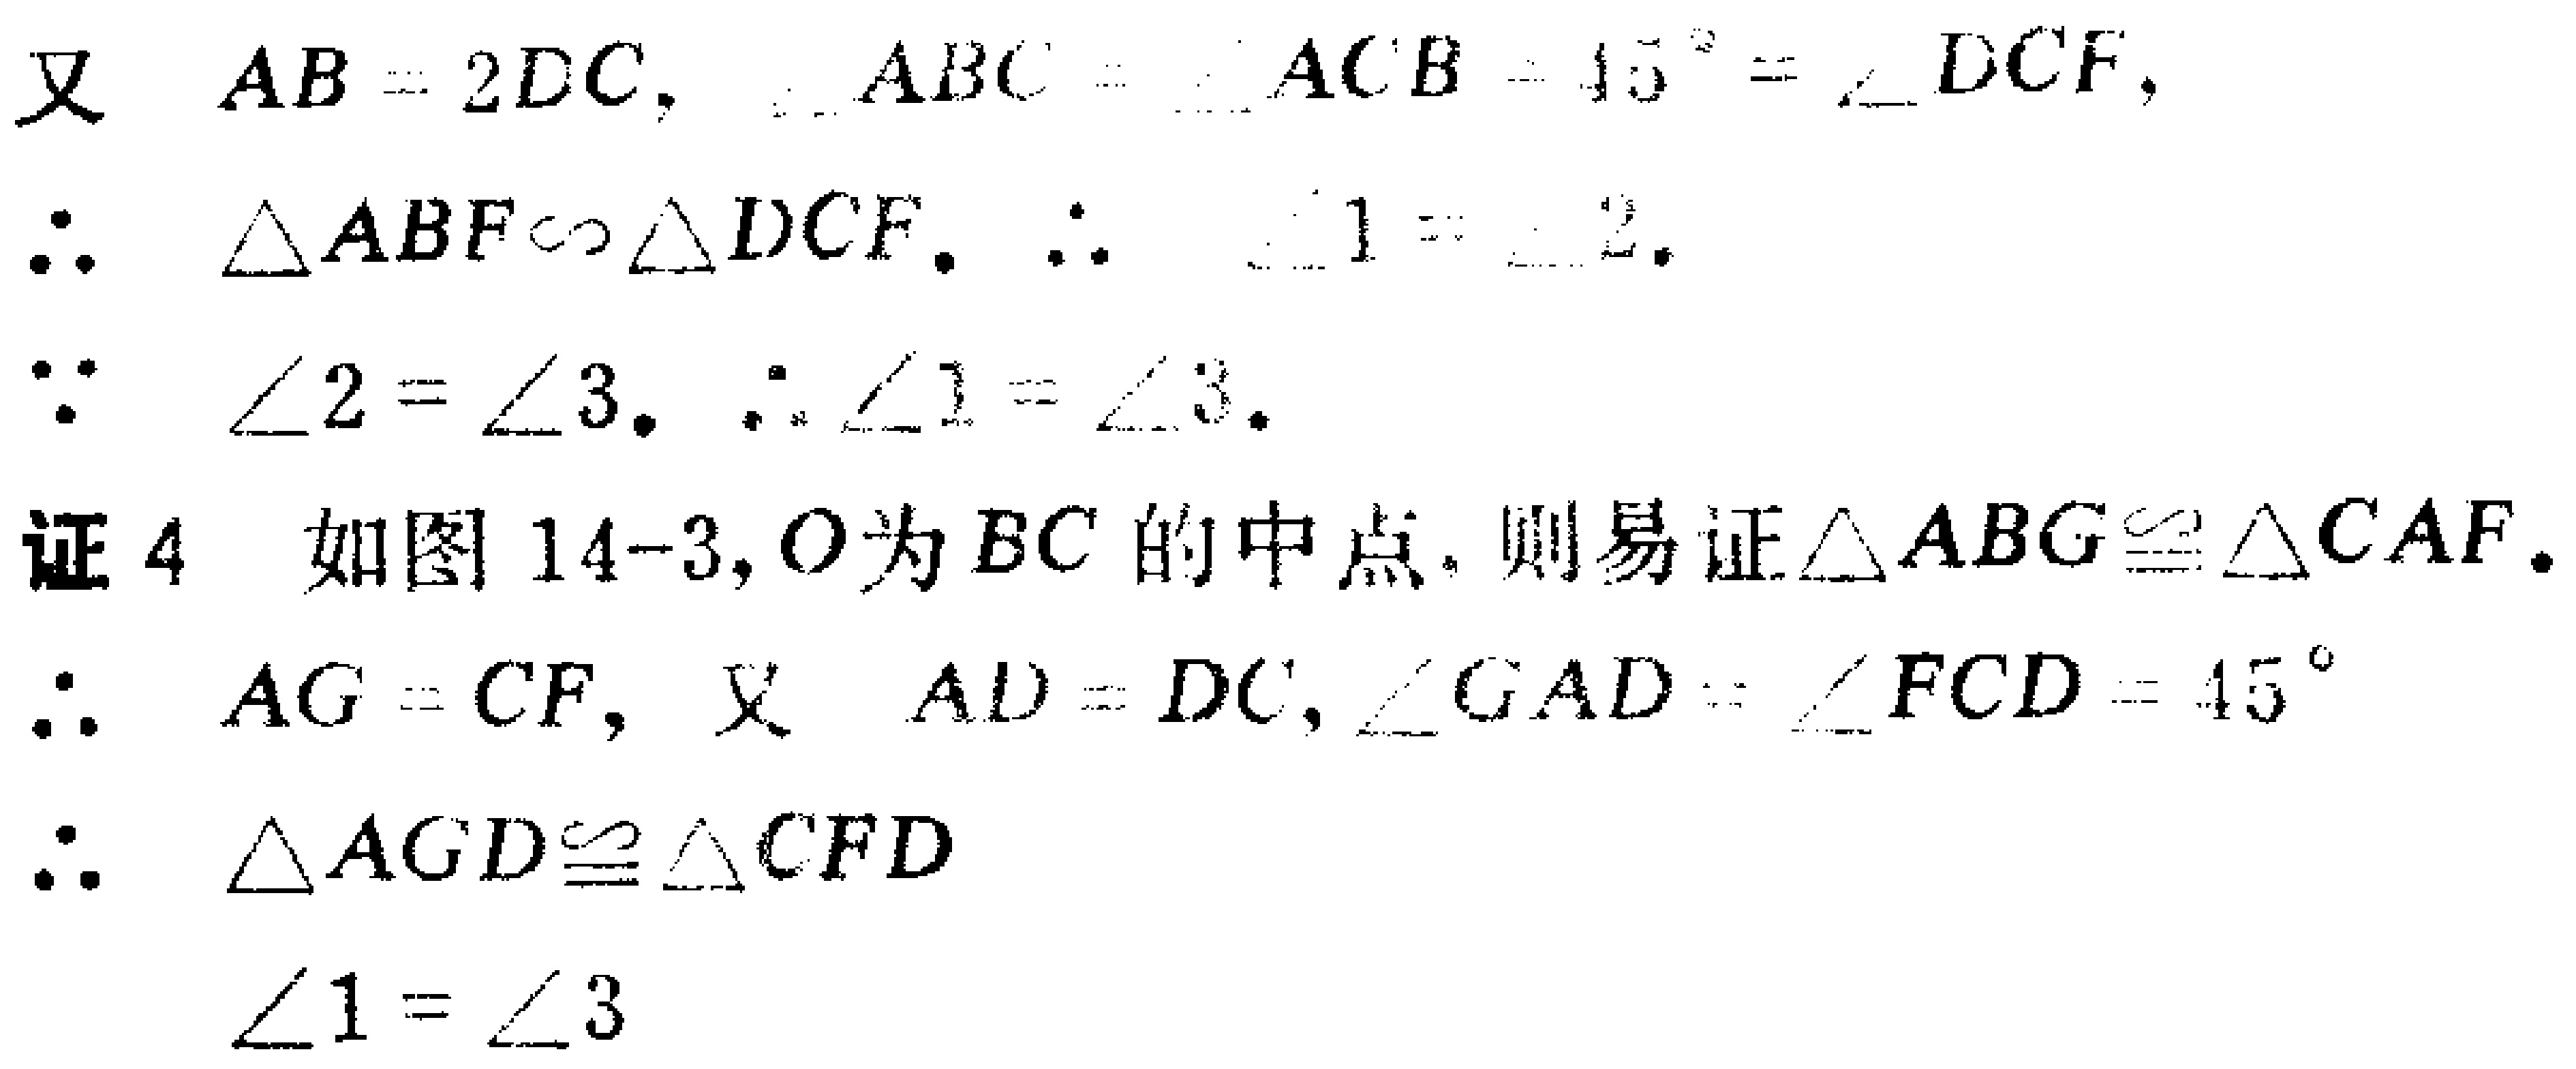
又 \(AB = 2DC\)，\(\angle ABC=\angle ACB = 45^{\circ}=\angle DCF\)，

\(\therefore \triangle ABF\sim\triangle DCF\)，\(\therefore \angle 1 = \angle 2\)。

\(\because \angle 2 = \angle 3\)，\(\therefore \angle 1 = \angle 3\)。

证4 如图14-3，\(O\)为 \(BC\) 的中点，则易证\(\triangle ABG\cong\triangle CAF\)。

\(\therefore AG = CF\)，又 \(AD = DC\)，\(\angle GAD=\angle FCD = 45^{\circ}\)

\(\therefore \triangle AGD\cong\triangle CFD\)

\(\therefore\)

\(\angle 1 = \angle 3\)